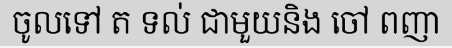
ចូលទៅ ត ទល់ ជាមួយនិង ចៅ ពញា